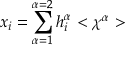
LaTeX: x _ { i } = \sum _ { \alpha = 1 } ^ { \alpha = 2 } h _ { i } ^ { \alpha } < \chi ^ { \alpha } >